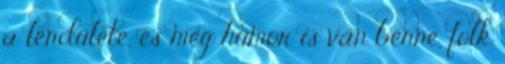
a lendülete, és még humor is van benne, folk